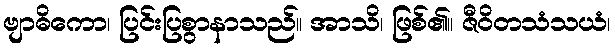
ဗျာဓိကော၊ ပြင်းပြစွာနာသည်။ အာသိ၊ ဖြစ်၏။ ဇီဝိတသံသယံ၊